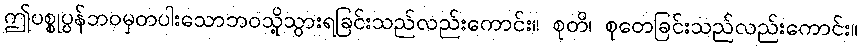
ဤပစ္စုပ္ပန်ဘဝမှတပါးသောဘဝသို့သွားရခြင်းသည်လည်းကောင်း။ စုတိ၊ စုတေခြင်းသည်လည်းကောင်း။